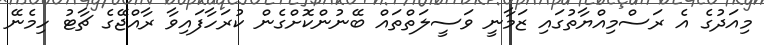
މިއަދުގެ އެ ރަސްމިއްޔާތުގައި ޒަމާނީ ވަސީލަތްތައް ބޭނުންކޮށްގެން ކުރަހާފައިވާ ރާއްޖޭގެ ޗާޓު ހިމެނޭ